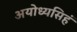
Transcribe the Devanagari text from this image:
अयोध्यसिहं